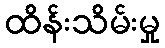
ထိန်းသိမ်းမှု